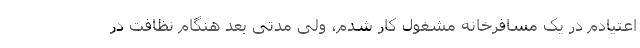
اعتیادم در یک مسافرخانه مشغول کار شدم، ولی مدتی بعد هنگام نظافت در